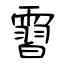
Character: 霫